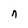
Character: n